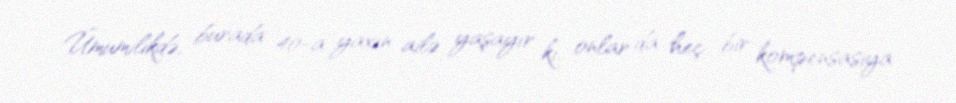
Ümumilikdə, burada 40-a yaxın ailə yaşayır ki, onlar da heç bir kompensasiya